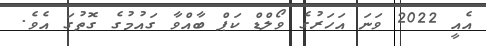
އެއީ 2022 ވަނަ އަހަރުގެ ވޯލްޑް ކަޕް ބާއްވާ ގައުމުގެ ގޮތުގަ އެވެ.